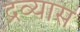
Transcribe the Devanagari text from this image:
द्रव्यास